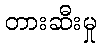
တားဆီးမှု